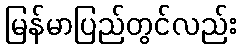
မြန်မာပြည်တွင်လည်း